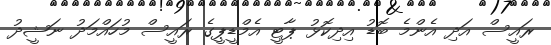
ރައީސް އަދި އެންމެ ބޮޑު އިދިކޮޅު ޕާޓީ އެމްޑީޕީގެ ރައީސް މުހައްމަދު ނަޝީދު